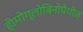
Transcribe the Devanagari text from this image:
हीमोग्लोबिनोपैथीज़